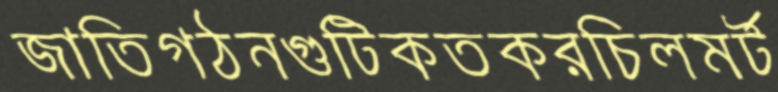
জাতিগঠনগুটিকতকরচিলমর্ট